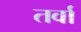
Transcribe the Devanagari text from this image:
तर्वा